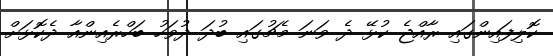
ކޮލިފައިންގައި ރާއްޖެ ކުޅޭ ދެ ވަނަ މެޗުގައި ބުދަ ދުވަހު ބަހްރެއިންއާ ދެކޮޅަށް